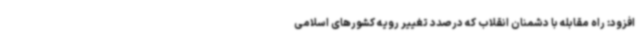
افزود: راه مقابله با دشمنان انقلاب که درصدد تغییر رویه کشورهای اسلامی